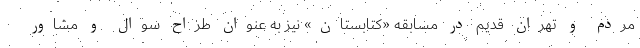
مردم و تهران قدیم در مسابقه «کتابستان» نیز به عنوان طراح سوال و مشاور